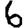
Digit: 6